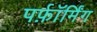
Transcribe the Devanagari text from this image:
पर्फ़ॉर्मिंग